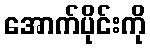
အောက်ပိုင်းကို